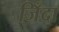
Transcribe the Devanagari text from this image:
जिँदा